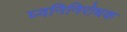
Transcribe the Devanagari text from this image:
घ्वनिनिरोधक